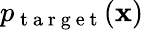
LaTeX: p_{\mathrm{~t~a~r~g~e~t~}}(\mathbf{x})